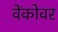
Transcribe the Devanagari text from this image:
वेंकोवर